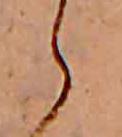
ら